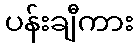
ပန်းချီကား